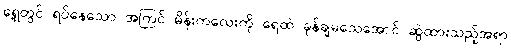
ရှေ့တွင် ရပ်နေသော အကြင် မိန်းကလေးကို ရေထဲ ခုန်ချမသေအောင် ဆွဲထားသည့်အရာ